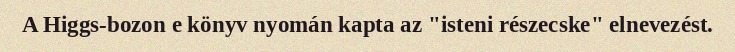
A Higgs-bozon e könyv nyomán kapta az "isteni részecske" elnevezést.